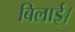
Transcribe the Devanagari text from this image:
बिलाई।